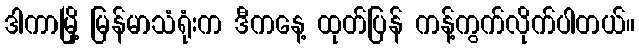
ဒါကာမြို့ မြန်မာသံရုံးက ဒီကနေ့ ထုတ်ပြန် ကန့်ကွက်လိုက်ပါတယ်။